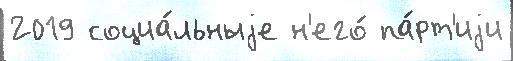
2019 социа́льныjе н'его́ па́рт'иjи